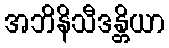
အဘိနိသီဒန္တိယာ